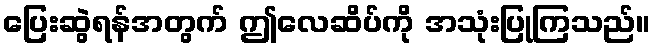
ပြေးဆွဲရန်အတွက် ဤလေဆိပ်ကို အသုံးပြုကြသည်။